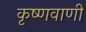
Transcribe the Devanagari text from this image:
कृष्णवाणी